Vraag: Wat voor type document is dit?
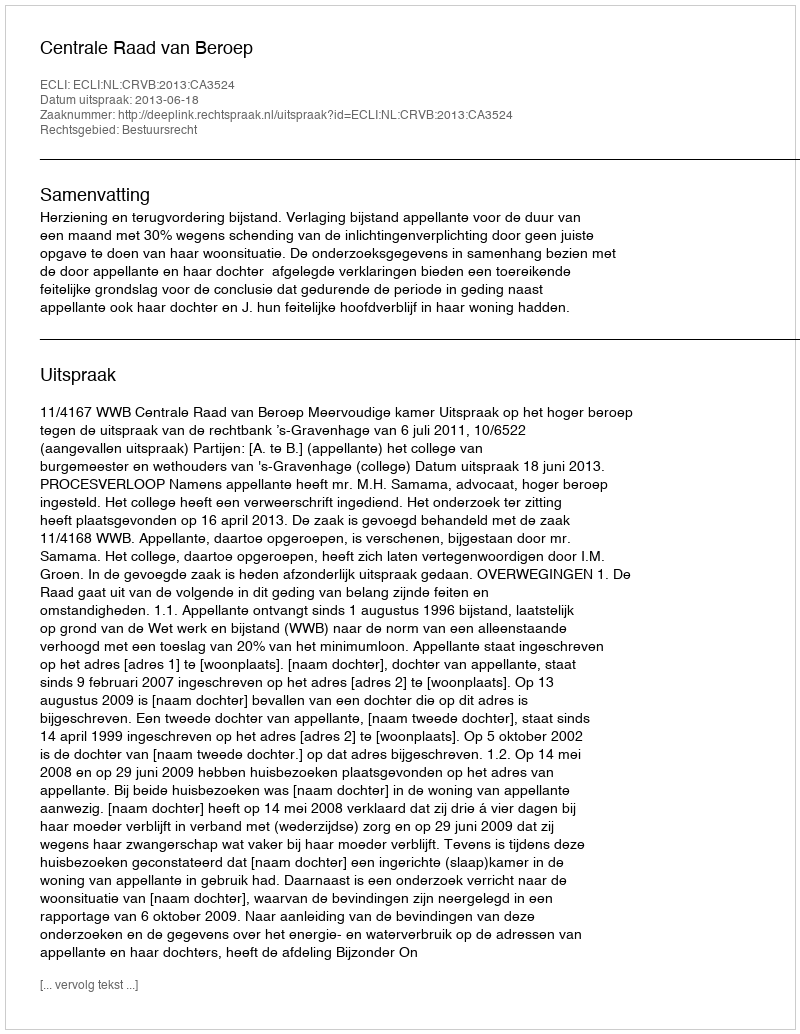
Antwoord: Uitspraak